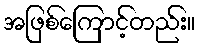
အဖြစ်ကြောင့်တည်း။